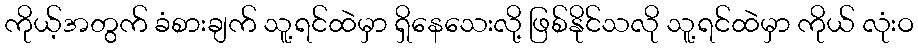
ကိုယ့်အတွက် ခံစားချက် သူ့ရင်ထဲမှာ ရှိနေသေးလို့ ဖြစ်နိုင်သလို သူ့ရင်ထဲမှာ ကိုယ် လုံးဝ